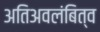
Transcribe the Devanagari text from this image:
अतिअवलंबित्व